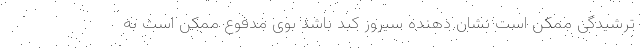
ترشیدگی ممکن است نشان دهنده سیروز کبد باشد بوی مدفوع ممکن است به